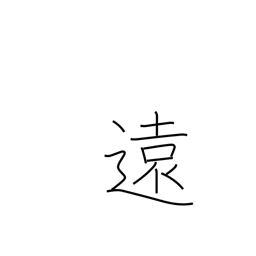
Meaning: distant